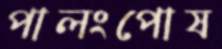
পালংপোষ